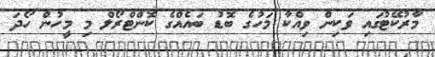
މާރުކޭޓުގައި ވަކިން ވިއްކާ މަހުގެ ބޮޑު ބައެއްގެ ކޮންޓްރޯލް މި މީހުން ހޯދަ